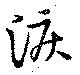
涙